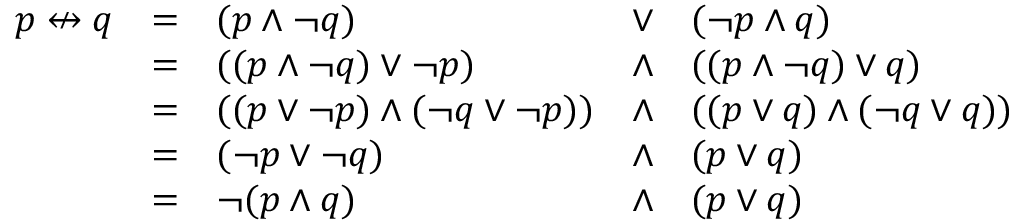
{ \begin{array} { l l l l l } { p \nleftrightarrow q } & { = } & { ( p \land \lnot q ) } & { \lor } & { ( \lnot p \land q ) } \\ & { = } & { ( ( p \land \lnot q ) \lor \lnot p ) } & { \land } & { ( ( p \land \lnot q ) \lor q ) } \\ & { = } & { ( ( p \lor \lnot p ) \land ( \lnot q \lor \lnot p ) ) } & { \land } & { ( ( p \lor q ) \land ( \lnot q \lor q ) ) } \\ & { = } & { ( \lnot p \lor \lnot q ) } & { \land } & { ( p \lor q ) } \\ & { = } & { \lnot ( p \land q ) } & { \land } & { ( p \lor q ) } \end{array} }